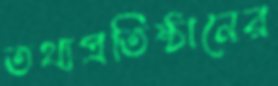
তথ্যপ্রতিষ্ঠানের